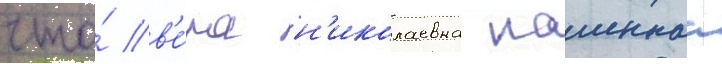
что́ в'е́ра н'иколаевна пашеннаа